Triigi_(Aleksandri)_vallavalitsus_Harjumaal, lk 17
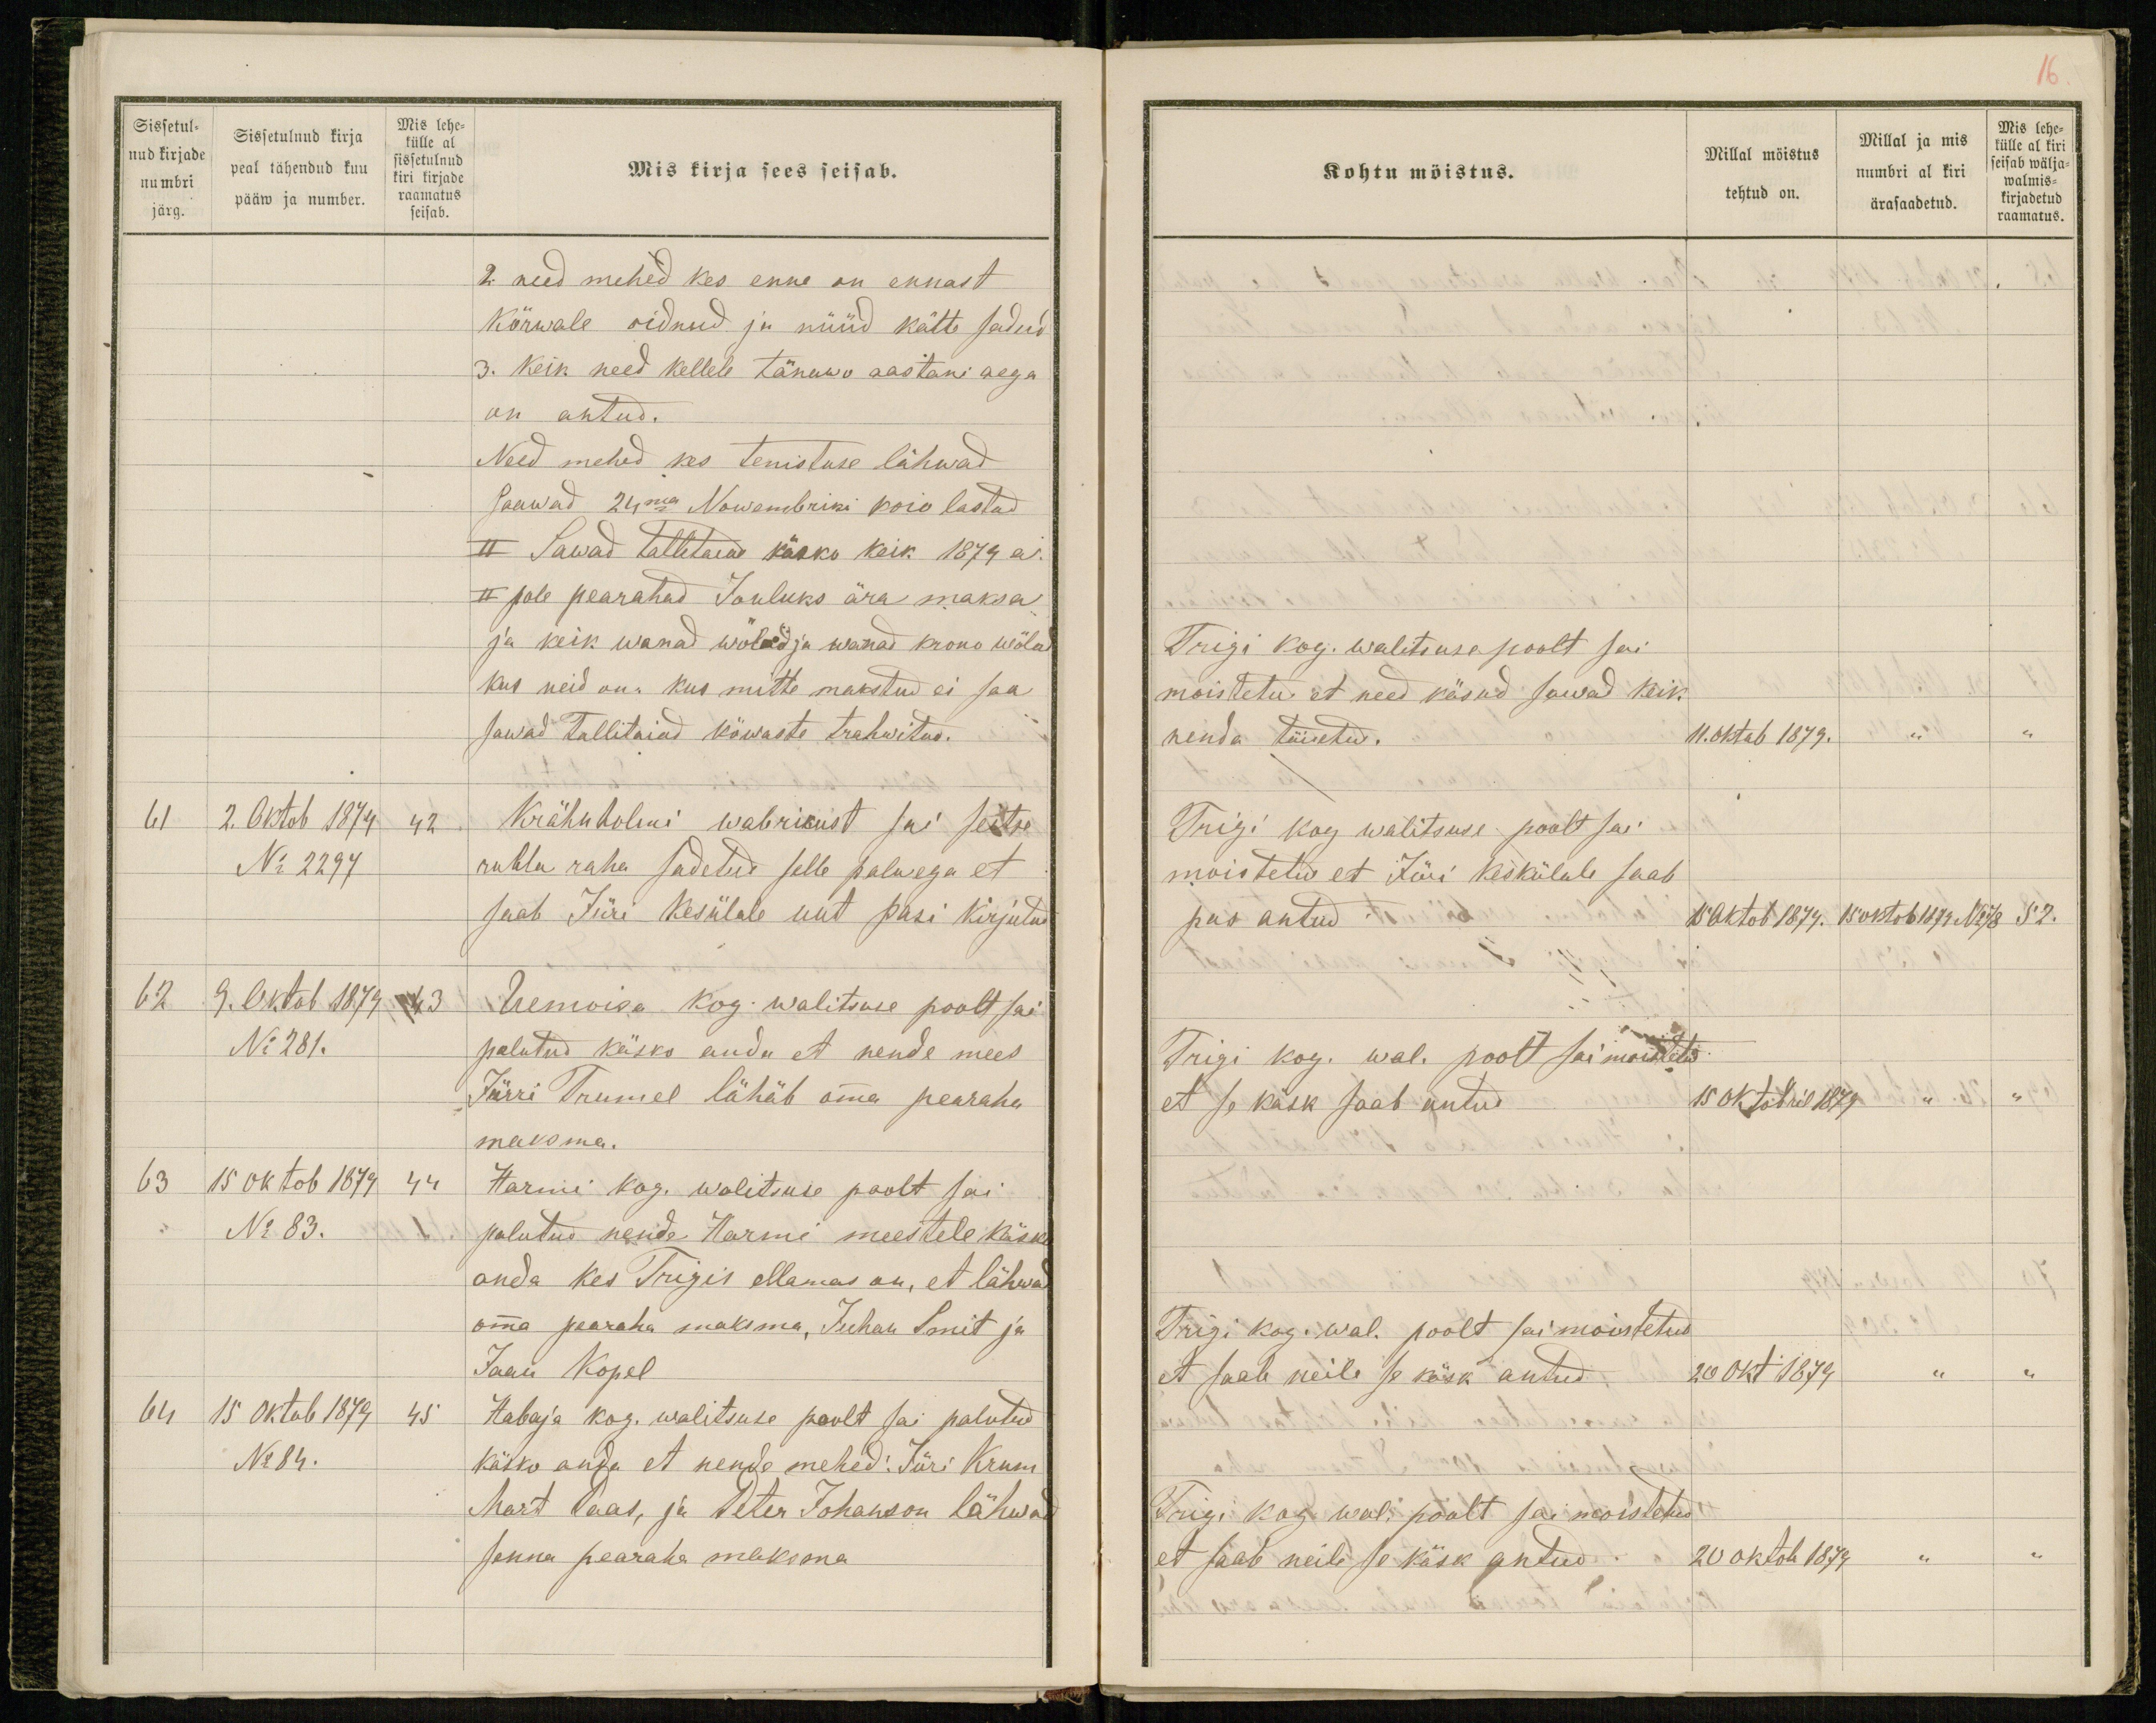
Sissetul-
nud kirjade
numbri
järg.
Sissetulnud kirja
peal tähendud kuu
pääw ja number.
Mis lehe-
külle al
sissetulnud
kiri kirjade
raamatus
seisab.
Mis kirja sees seisab.
2. need mehed kes enne on ennast
kõrwale oidnud ja nüüd kätte sadud
3. keik need kellele tänawo aastani aega
on antud.
Need mehed kes tenistuse lähwad
saawad 24ma Nowembrini koiu lastud
II Sawad Tallitaiad käsko keik 1879 a.
II pole pearahad Jouluks ära maksa
ja keik wanad wõlad ja wanad krono wõlad
kus neid on. kus mitte makstud ei saa
sawad Tallitaiad köwaste trahwitud.
61 2. Oktob 1879 42
Krähnholmi wabrikust sai seitse
Nr. 2297
rubla raha sadetud selle palwega et
saab Jüri Kesülale uut pasi kirjutud
62 9. Oktob 1879. 43
Uemoisa kog. walitsuse poolt sai
No 281.
palutud käsko anda et nende mees
Jürri Trumel lähäb omma pearaha
maksma.
63 15 oktob 1879 44
Harmi kog. walitsuse poolt sai
No 83.
palutud nende Harmi meestele käsko
anda kes Trigis ellamas on, et lähwad
omma pearaha maksma, Juhan Smit ja
Jaan Kopel
64 15 Oktob 1879 45
Habaja kog. walitsuse poolt sai palutud
No 84.
käsko anda et nende mehed: Jüri Krum
Mart Paas, ja Peter Johanson lähwad
senna pearaha maksma

16
Kohtu möistus.
Millal möistus
tehtud on.
Millal ja mis
numbri al kiri
ärasaadetud.
Mis lehe-
külle al kiri
seisab wälja-
walmis-
kirjadetud
raamatus.
Trigi kog. walitsuse poolt sai
moistetud et need käsud sawad keik
nenda täidetud.
11.oktob 1879. " "
Trigi kog walitsuse poolt sai
moistetud et Jüri Keskülale saab
pas antud.
15 Oktob 1879. 15 oktob 1879 No 78 52.
Trigi kog. wal. poolt sai moistetud
et se käsk saab antud
15 oktobril 1879 " "
Trigi kog. wal. poolt sai moistetud
et saab neile se käsk antud
20 okt 1879 " "
Trigi kog wal. poolt sai moistetud
et saab neile se käsk antud
20 oktob 1879 " "